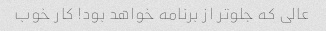
عالی که جلوتر از برنامه خواهد بود! کار خوب